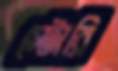
স্টোরি